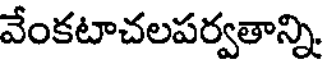
వేంకటాచలపర్వతాన్ని.